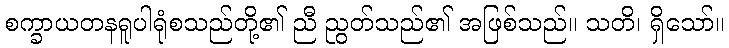
စက္ခာယတနရူပါရုံစသည်တို့၏ ညီ ညွတ်သည်၏ အဖြစ်သည်။ သတိ၊ ရှိသော်။